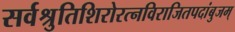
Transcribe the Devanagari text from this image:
सर्वश्रुतिशिरोरत्नविराजितपदांबुजम्